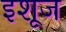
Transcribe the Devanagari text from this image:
इशूज